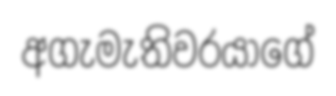
අගැමැතිවරයාගේ